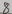
Text: 8